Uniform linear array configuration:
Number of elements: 8
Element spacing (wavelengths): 0.75
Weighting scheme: kaiser
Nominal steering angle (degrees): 60
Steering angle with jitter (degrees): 60.534
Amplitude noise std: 0.05
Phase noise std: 0.05

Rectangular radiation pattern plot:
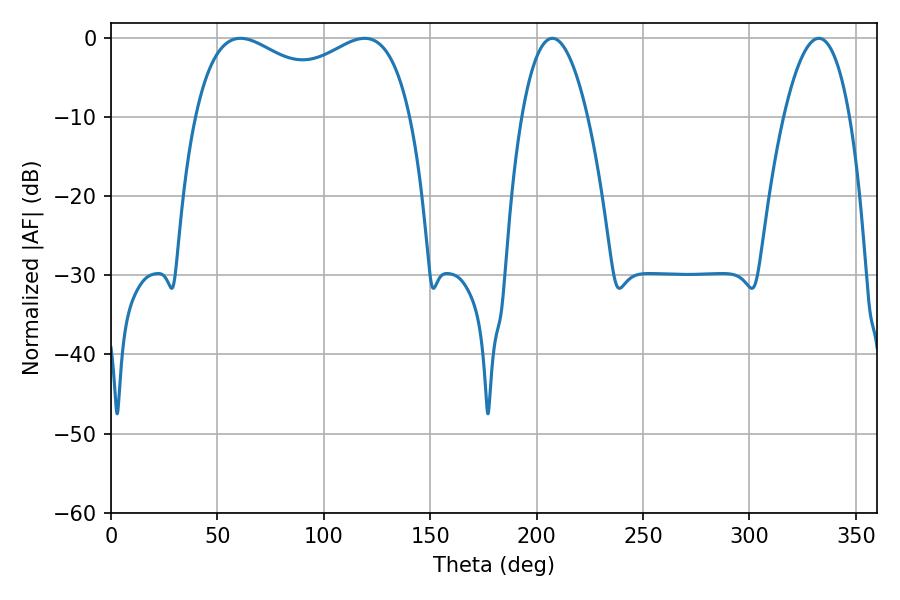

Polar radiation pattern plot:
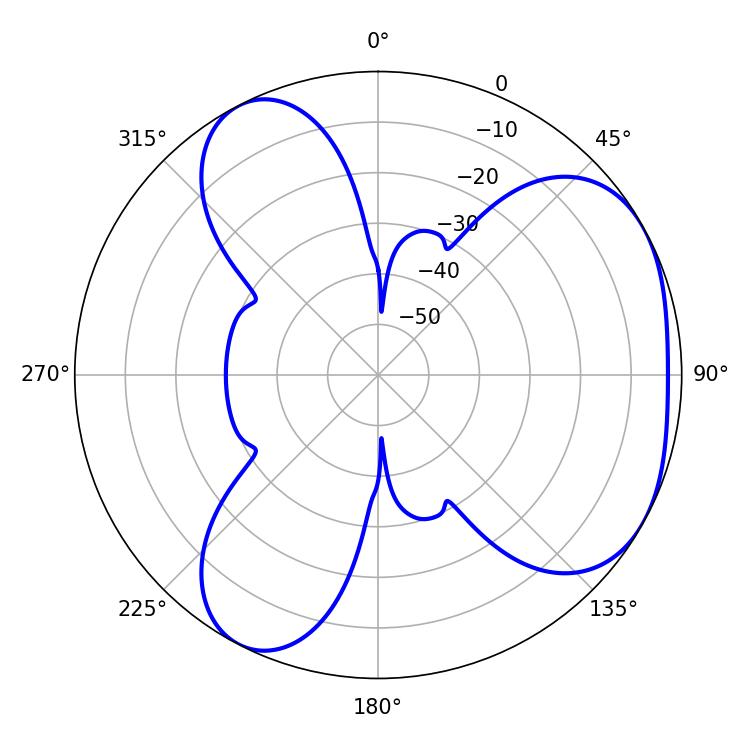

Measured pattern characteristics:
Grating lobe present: TRUE
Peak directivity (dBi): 4.082
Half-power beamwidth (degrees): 84.24
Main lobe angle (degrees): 60.84